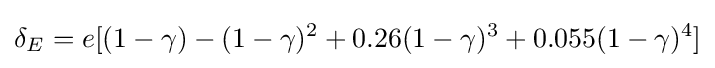
\delta _{E}=e[(1-\gamma )-(1-\gamma )^{2}+0.26(1-\gamma )^{3}+0.055(1-\gamma )^{4}]